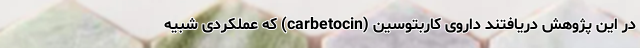
در این پژوهش دریافتند داروی کاربتوسین (carbetocin) که عملکردی شبیه